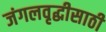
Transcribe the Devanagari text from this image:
जंगलवृद्धीसाठी